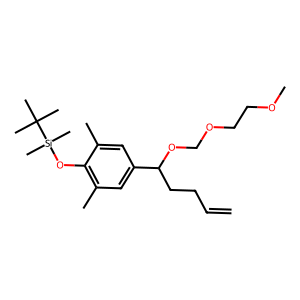
SMILES: C=CCCC(OCOCCOC)c1cc(C)c(O[Si](C)(C)C(C)(C)C)c(C)c1
Inhibits HIV replication: No